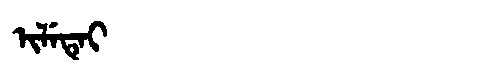
Manchu: ᡳᠯᡝᡨᡝᡳ
Romanization: ILETEI